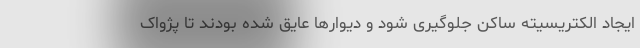
ایجاد الکتریسیته ساکن جلوگیری شود و دیوارها عایق شده بودند تا پژواک